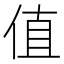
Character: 值